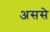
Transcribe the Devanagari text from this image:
अससे